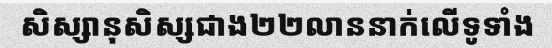
សិស្សានុសិស្សជាង២២លាននាក់លើទូទាំង